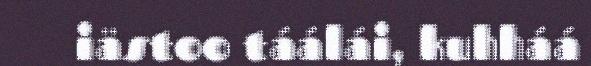
iästoo táálái, kuhháá